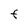
Character: F